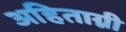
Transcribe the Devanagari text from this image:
अहिताग्नी